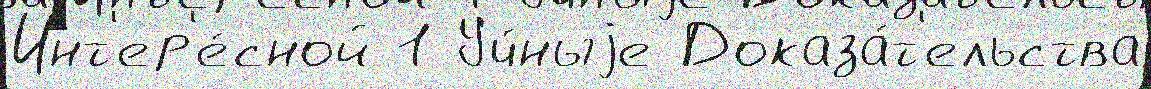
Инт'ер'е́сной 1 Уч́ныjе Доказа́т'ельства